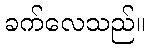
ခက်လေသည်။